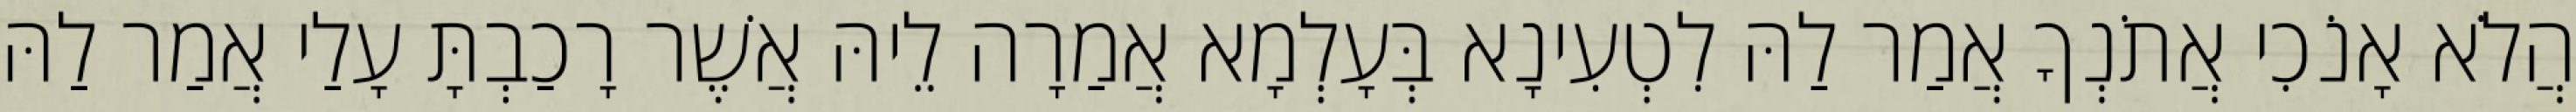
הֲלֹא אָנֹכִי אֲתֹנְךָ אֲמַר לַהּ לִטְעִינָא בְּעָלְמָא אֲמַרָה לֵיהּ אֲשֶׁר רָכַבְתָּ עָלַי אֲמַר לַהּ